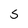
Character: 5